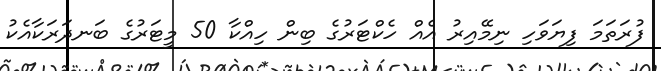
ފުރަތަމަ ފިޔަވަހި ނިމޭއިރު އެއް ހެކްޓަރުގެ ބިން ހިއްކާ 50 މީޓަރުގެ ބަނދަރަކާއެކު